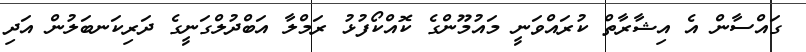
ގައްސާން އެ އިޝާރާތް ކުރައްވަނީ މައުމޫންގެ ކޮއްކޯފުޅު ރަމްލާ އަބްދުލްގަނީގެ ދަރިކަނބަލުން އަދި